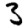
Digit: 3